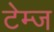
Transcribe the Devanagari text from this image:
टेम्ज